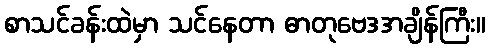
စာသင်ခန်းထဲမှာ သင်နေတာ ဓာတုဗေဒအချိန်ကြီး။